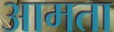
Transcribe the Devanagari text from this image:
आमता